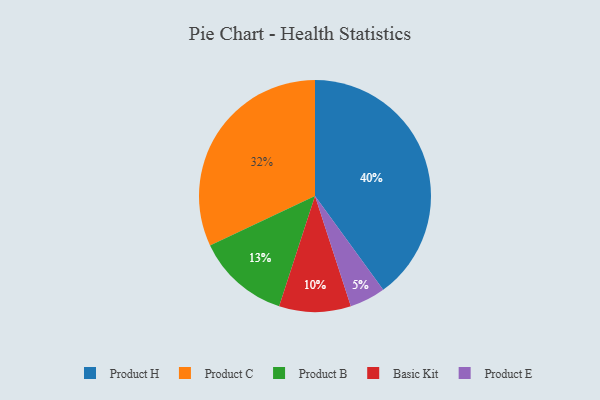
{"axis": {"x": "Category", "y": "Percentage"}, "legend": ["Basic Kit", "Product B", "Product C", "Product E", "Product H"], "data": [{"x": "Product E", "y": 5, "type": "Product E"}, {"x": "Basic Kit", "y": 10, "type": "Basic Kit"}, {"x": "Product H", "y": 40, "type": "Product H"}, {"x": "Product B", "y": 13, "type": "Product B"}, {"x": "Product C", "y": 32, "type": "Product C"}]}